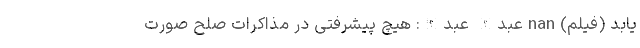
یابد (فیلم) nan عبدالله عبدالله: هیچ پیشرفتی در مذاکرات صلح صورت